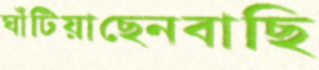
ঘাঁটিয়াছেনবাছি